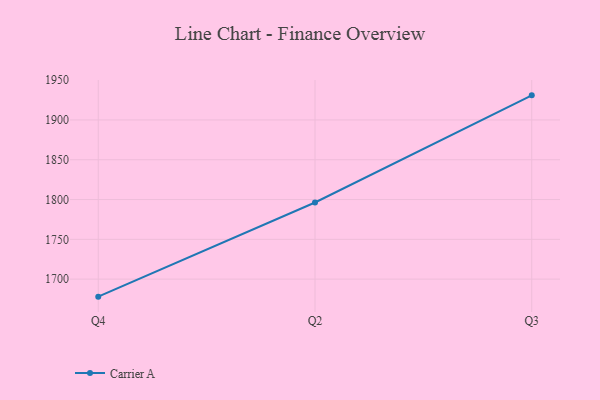
{"axis": {"x": "Quarter", "y": "Operating Costs (USD K)"}, "legend": ["Carrier A"], "data": [{"x": "Q4", "y": 1678.0, "type": "Carrier A"}, {"x": "Q2", "y": 1796.3, "type": "Carrier A"}, {"x": "Q3", "y": 1930.9, "type": "Carrier A"}]}